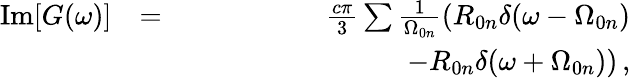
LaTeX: \begin{array}{rlr}{\mathrm{Im}[G(\omega)]}&{=}&{\frac{c\pi}{3}\sum\frac{1}{\Omega_{0n}}(R_{0n}\delta(\omega-\Omega_{0n})}\\ &{}&{\, \, \, \, \, \, \, \, \, \, \, \, \, \, \, \, \, \, \, \, \, \, \, \, \, \, \, \, \, \, \, \, \, \, \, \, \, \, \, \, \, \, \, \, \, \, -R_{0n}\delta(\omega+\Omega_{0n}))\, ,}\end{array}